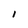
Character: I